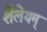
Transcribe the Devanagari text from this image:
शैलेयम्